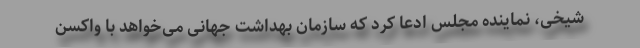
شیخی، نماینده مجلس ادعا کرد که سازمان بهداشت جهانی می‌خواهد با واکسن